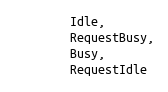
Language: C
        Idle,
        RequestBusy,
        Busy,
        RequestIdle